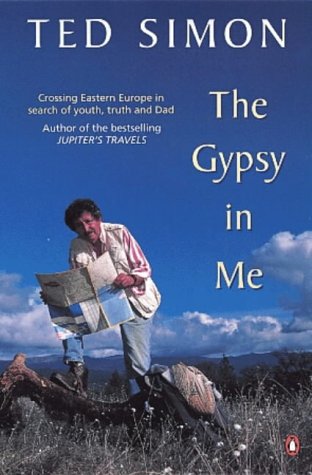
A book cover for The Gypsy in Me; Ted Simon; Travel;